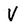
Character: V